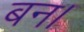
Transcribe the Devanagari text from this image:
बन।